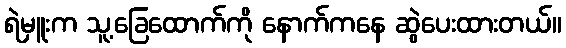
ရဲမှူးက သူ့ခြေထောက်ကို နောက်ကနေ ဆွဲပေးထားတယ်။